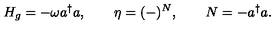
H _ { g } = - \omega a ^ { \dagger } a , \qquad \eta = ( - ) ^ { N } , \qquad N = - a ^ { \dagger } a .